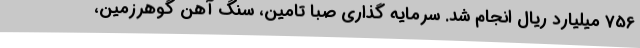
756 میلیارد ریال انجام شد. سرمایه‌ گذاری صبا تامین، سنگ آهن گوهرزمین،